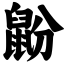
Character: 鼢